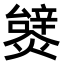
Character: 𤐮